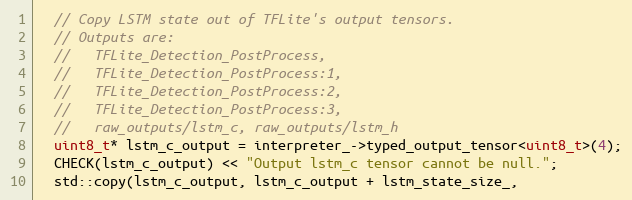
Language: C++
  // Copy LSTM state out of TFLite's output tensors.
  // Outputs are:
  //   TFLite_Detection_PostProcess,
  //   TFLite_Detection_PostProcess:1,
  //   TFLite_Detection_PostProcess:2,
  //   TFLite_Detection_PostProcess:3,
  //   raw_outputs/lstm_c, raw_outputs/lstm_h
  uint8_t* lstm_c_output = interpreter_->typed_output_tensor<uint8_t>(4);
  CHECK(lstm_c_output) << "Output lstm_c tensor cannot be null.";
  std::copy(lstm_c_output, lstm_c_output + lstm_state_size_,